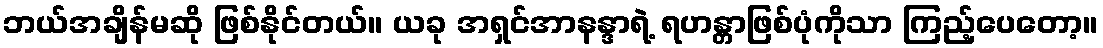
ဘယ်အချိန်မဆို ဖြစ်နိုင်တယ်။ ယခု အရှင်အာနန္ဒာရဲ့ ရဟန္တာဖြစ်ပုံကိုသာ ကြည့်ပေတော့။